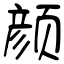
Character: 颜